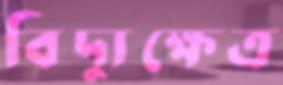
বিদ্যুক্ষেত্র